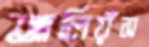
আলিয়ঁস